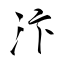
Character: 汴